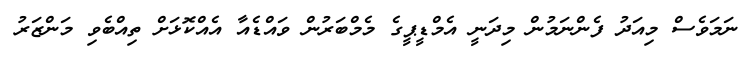
ނަމަވެސް މިއަދު ފެންނަމުން މިދަނީ އެމްޑީޕީގެ މެމްބަރުން ވައްޑެއާ އެއްކޮޅަށް ތިއްބެވި މަންޒަރު